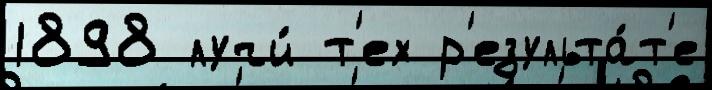
1898 лучи́ т'ех р'езульта́т'е